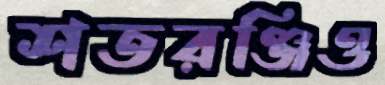
শতরঞ্জিও